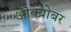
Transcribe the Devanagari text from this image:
ऒक्य़ोबर